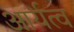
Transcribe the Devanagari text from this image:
आर्यत्व